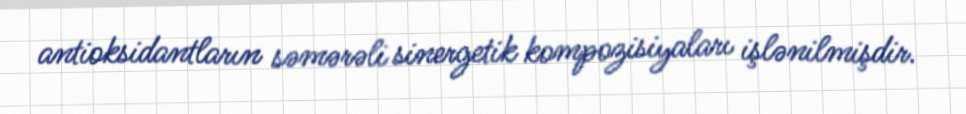
antioksidantların səmərəli sinergetik kompozisiyaları işlənilmişdir.